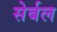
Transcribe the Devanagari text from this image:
सेर्बल